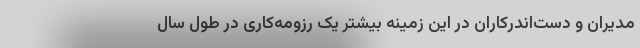
مدیران و دست‌اندرکاران در این زمینه بیشتر یک رزومه‌کاری در طول سال